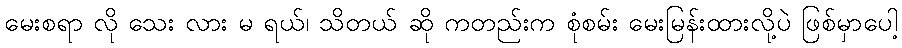
မေးစရာ လို သေး လား မ ရယ်၊ သိတယ် ဆို ကတည်းက စုံစမ်း မေးမြန်းထားလို့ပဲ ဖြစ်မှာပေါ့